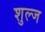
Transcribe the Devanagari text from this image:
शुल्ज